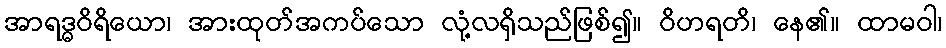
အာရဒ္ဓဝိရိယော၊ အားထုတ်အကပ်သော လုံ့လရှိသည်ဖြစ်၍။ ဝိဟရတိ၊ နေ၏။ ထာမဝါ၊